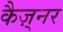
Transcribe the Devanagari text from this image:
कैज़्नर